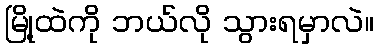
မြို့ထဲကို ဘယ်လို သွားရမှာလဲ။